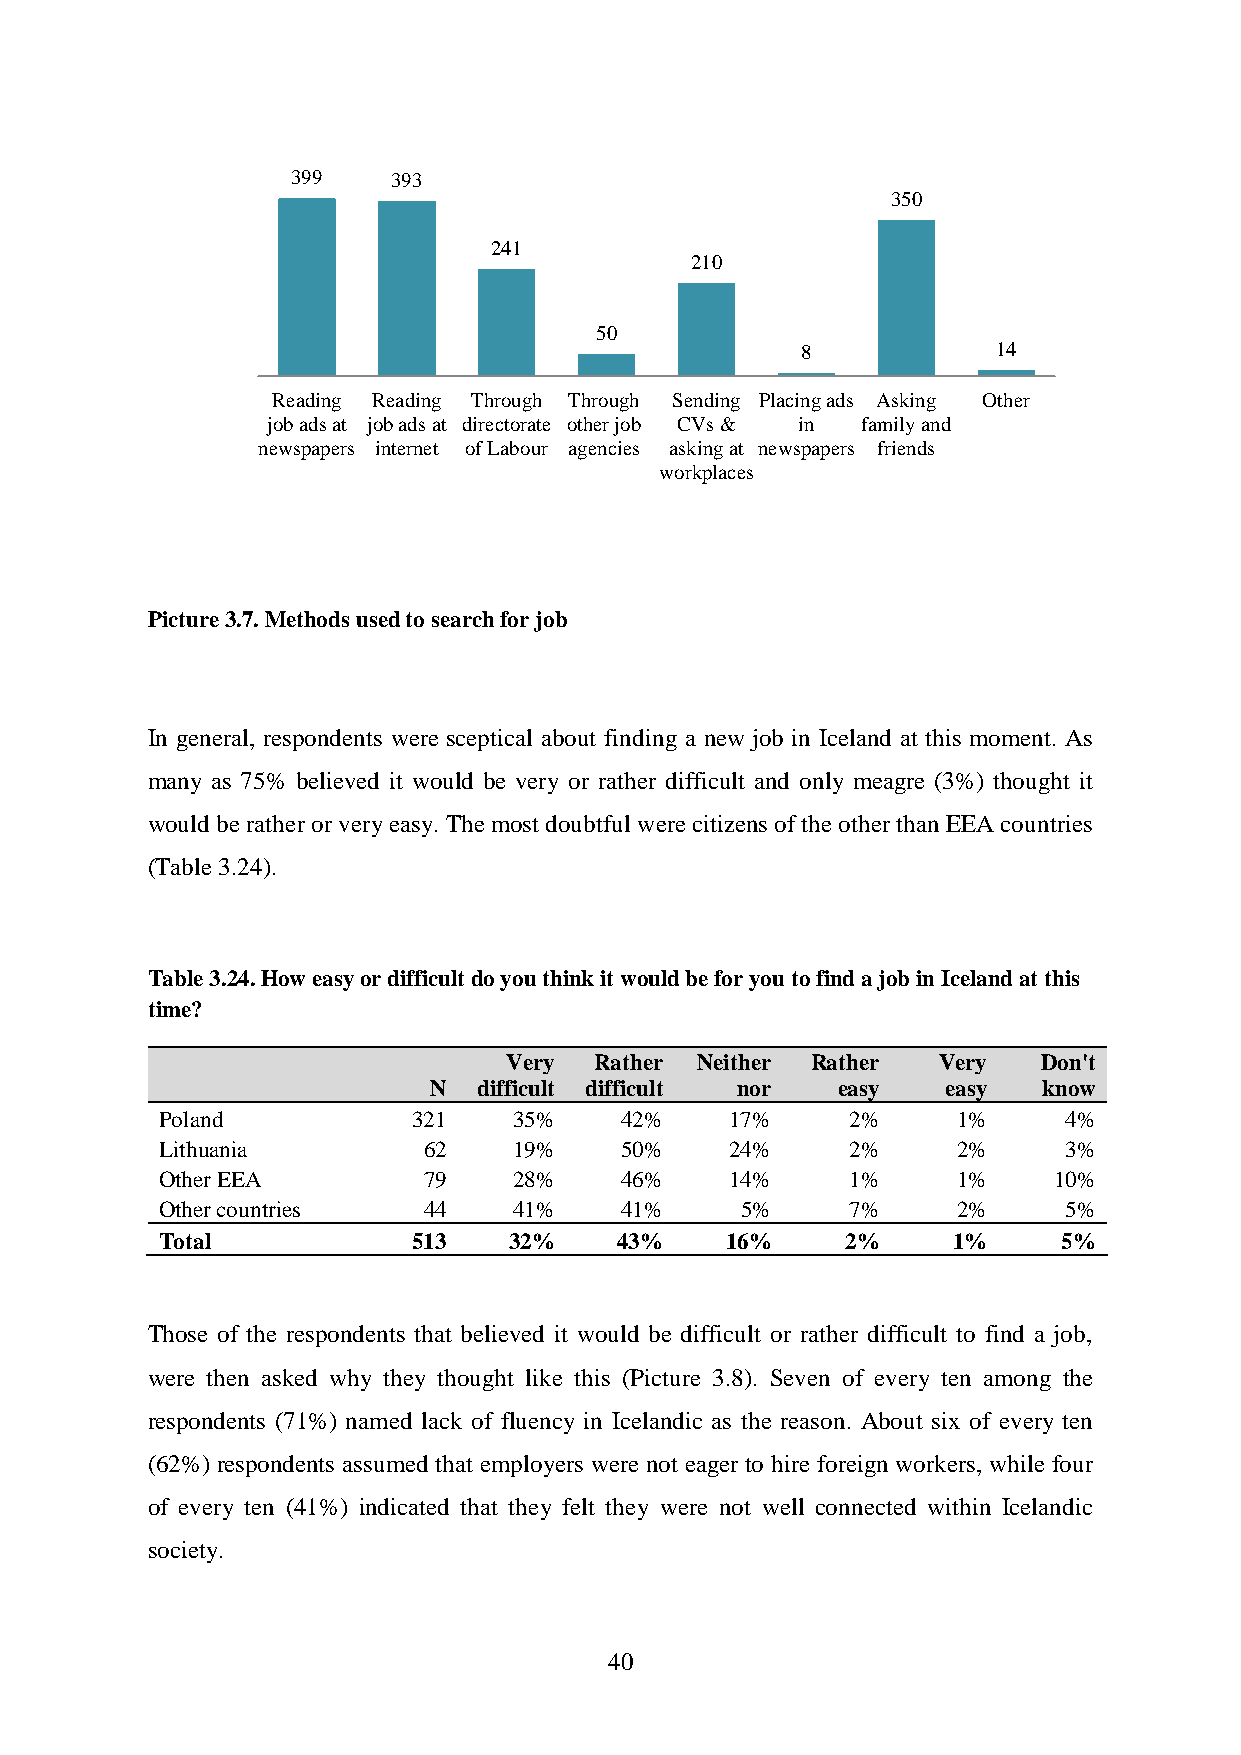
399    393
 350
 241
 210
 50
 8            14
 Reading Reading Through Through Sending Placing ads Asking Other
 job ads at job ads at directorate other job CVs & in family and
 newspapers internet of Labour agencies asking at newspapers friends
 workplaces
 Picture 3.7. Methods used to search for job
 In general, respondents were sceptical about finding a new job in Iceland at this moment. As
 many as 75% believed it would be very or rather difficult and only meagre (3%) thought it
 would be rather or very easy. The most doubtful were citizens of the other than EEA countries
 (Table 3.24).
 Table 3.24. How easy or difficult do you think it would be for you to find a job in Iceland at this
 time?
 Very Rather Neither Rather  Very   Don't
 N   difficult difficult nor easy   easy  know
 Poland          321    35%    42%    17%     2%     1%     4%
 Lithuania        62    19%    50%    24%     2%     2%     3%
 Other EEA        79    28%    46%    14%     1%     1%     10%
 Other countries  44    41%    41%     5%     7%     2%     5%
 Total           513    32%    43%    16%     2%     1%     5%
 Those of the respondents that believed it would be difficult or rather difficult to find a job,
 were then asked why they thought like this (Picture 3.8). Seven of every ten among the
 respondents (71%) named lack of fluency in Icelandic as the reason. About six of every ten
 (62%) respondents assumed that employers were not eager to hire foreign workers, while four
 of every ten (41%) indicated that they felt they were not well connected within Icelandic
 society.
 40